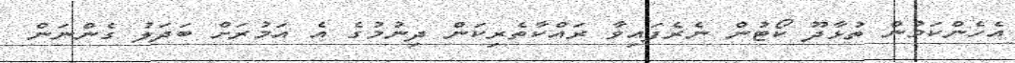
އެހެންކަމުން ތުޅާދޫ ކޯޓުން ނެރެފައިވާ ރައްކާތެރިކަން ދިނުމުގެ އެ އަމުރަށް ބަދަލު ގެންނަން